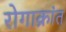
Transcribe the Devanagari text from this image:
रोगाक्रांत